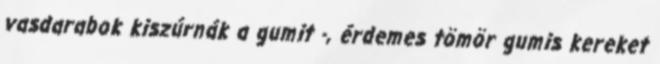
vasdarabok kiszúrnák a gumit -, érdemes tömör gumis kereket